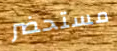
مستحضر